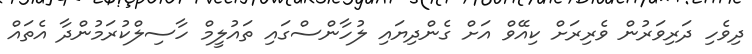
ދިވެހި ދަރިވަރުން ވެރިރަށް ކިއޭވް އަށް ގެންދިޔައި ލުހާންސްގައި ތައުލީމް ހާސިލްކުރަމުންދާ އެތައް